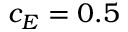
c _ { E } = 0 . 5